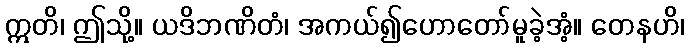
ဣတိ၊ ဤသို့။ ယဒိဘဏိတံ၊ အကယ်၍ဟောတော်မူခဲ့အံ့။ တေနဟိ၊